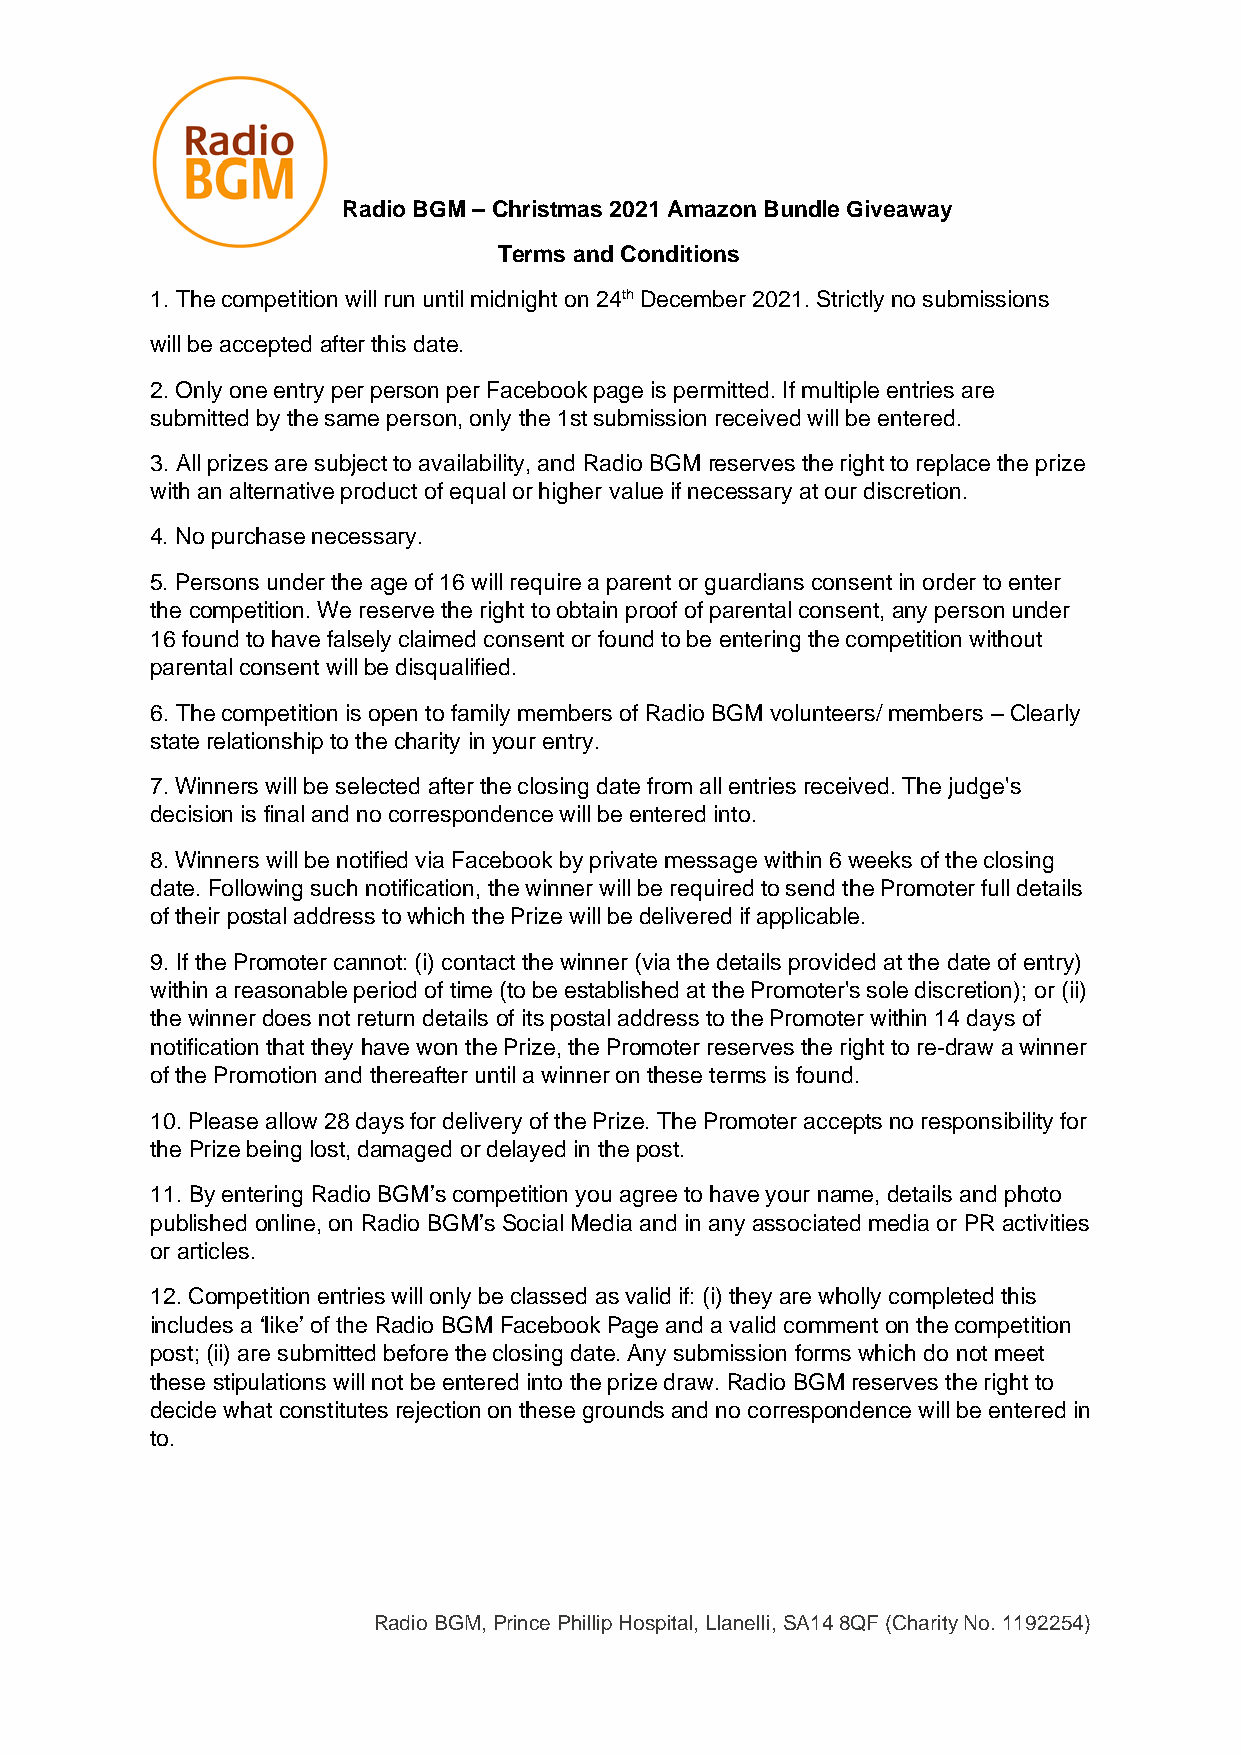
Radio BGM – Christmas 2021 Amazon Bundle Giveaway
 Terms and Conditions
 1. The competition will run until midnight on 24th December 2021. Strictly no submissions
 will be accepted after this date.
 2. Only one entry per person per Facebook page is permitted. If multiple entries are
 submitted by the same person, only the 1st submission received will be entered.
 3. All prizes are subject to availability, and Radio BGM reserves the right to replace the prize
 with an alternative product of equal or higher value if necessary at our discretion.
 4. No purchase necessary.
 5. Persons under the age of 16 will require a parent or guardians consent in order to enter
 the competition. We reserve the right to obtain proof of parental consent, any person under
 16 found to have falsely claimed consent or found to be entering the competition without
 parental consent will be disqualified.
 6. The competition is open to family members of Radio BGM volunteers/ members – Clearly
 state relationship to the charity in your entry.
 7. Winners will be selected after the closing date from all entries received. The judge's
 decision is final and no correspondence will be entered into.
 8. Winners will be notified via Facebook by private message within 6 weeks of the closing
 date. Following such notification, the winner will be required to send the Promoter full details
 of their postal address to which the Prize will be delivered if applicable.
 9. If the Promoter cannot: (i) contact the winner (via the details provided at the date of entry)
 within a reasonable period of time (to be established at the Promoter's sole discretion); or (ii)
 the winner does not return details of its postal address to the Promoter within 14 days of
 notification that they have won the Prize, the Promoter reserves the right to re-draw a winner
 of the Promotion and thereafter until a winner on these terms is found.
 10. Please allow 28 days for delivery of the Prize. The Promoter accepts no responsibility for
 the Prize being lost, damaged or delayed in the post.
 11. By entering Radio BGM’s competition you agree to have your name, details and photo
 published online, on Radio BGM’s Social Media and in any associated media or PR activities
 or articles.
 12. Competition entries will only be classed as valid if: (i) they are wholly completed this
 includes a ‘like’ of the Radio BGM Facebook Page and a valid comment on the competition
 post; (ii) are submitted before the closing date. Any submission forms which do not meet
 these stipulations will not be entered into the prize draw. Radio BGM reserves the right to
 decide what constitutes rejection on these grounds and no correspondence will be entered in
 to.
 Radio BGM, Prince Phillip Hospital, Llanelli, SA14 8QF (Charity No. 1192254)